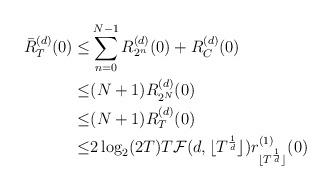
LaTeX: \begin{align*}\bar{R}^{(d)}_T(0)\leq&\sum_{n=0}^{N-1}R^{(d)}_{2^n}(0)+R^{(d)}_C(0)\\\leq&(N+1)R^{(d)}_{2^N}(0)\\\leq&(N+1)R^{(d)}_{T}(0)\\\leq&2\log_2(2T)T\mathcal{F}(d,\lfloor T^{\frac{1}{d}}\rfloor)r^{(1)}_{\lfloor T^{\frac{1}{d}}\rfloor}(0)\end{align*}